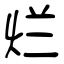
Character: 烂